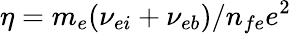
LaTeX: \eta=m_{e}(\nu_{ei}+\nu_{eb})/n_{fe}e^{2}